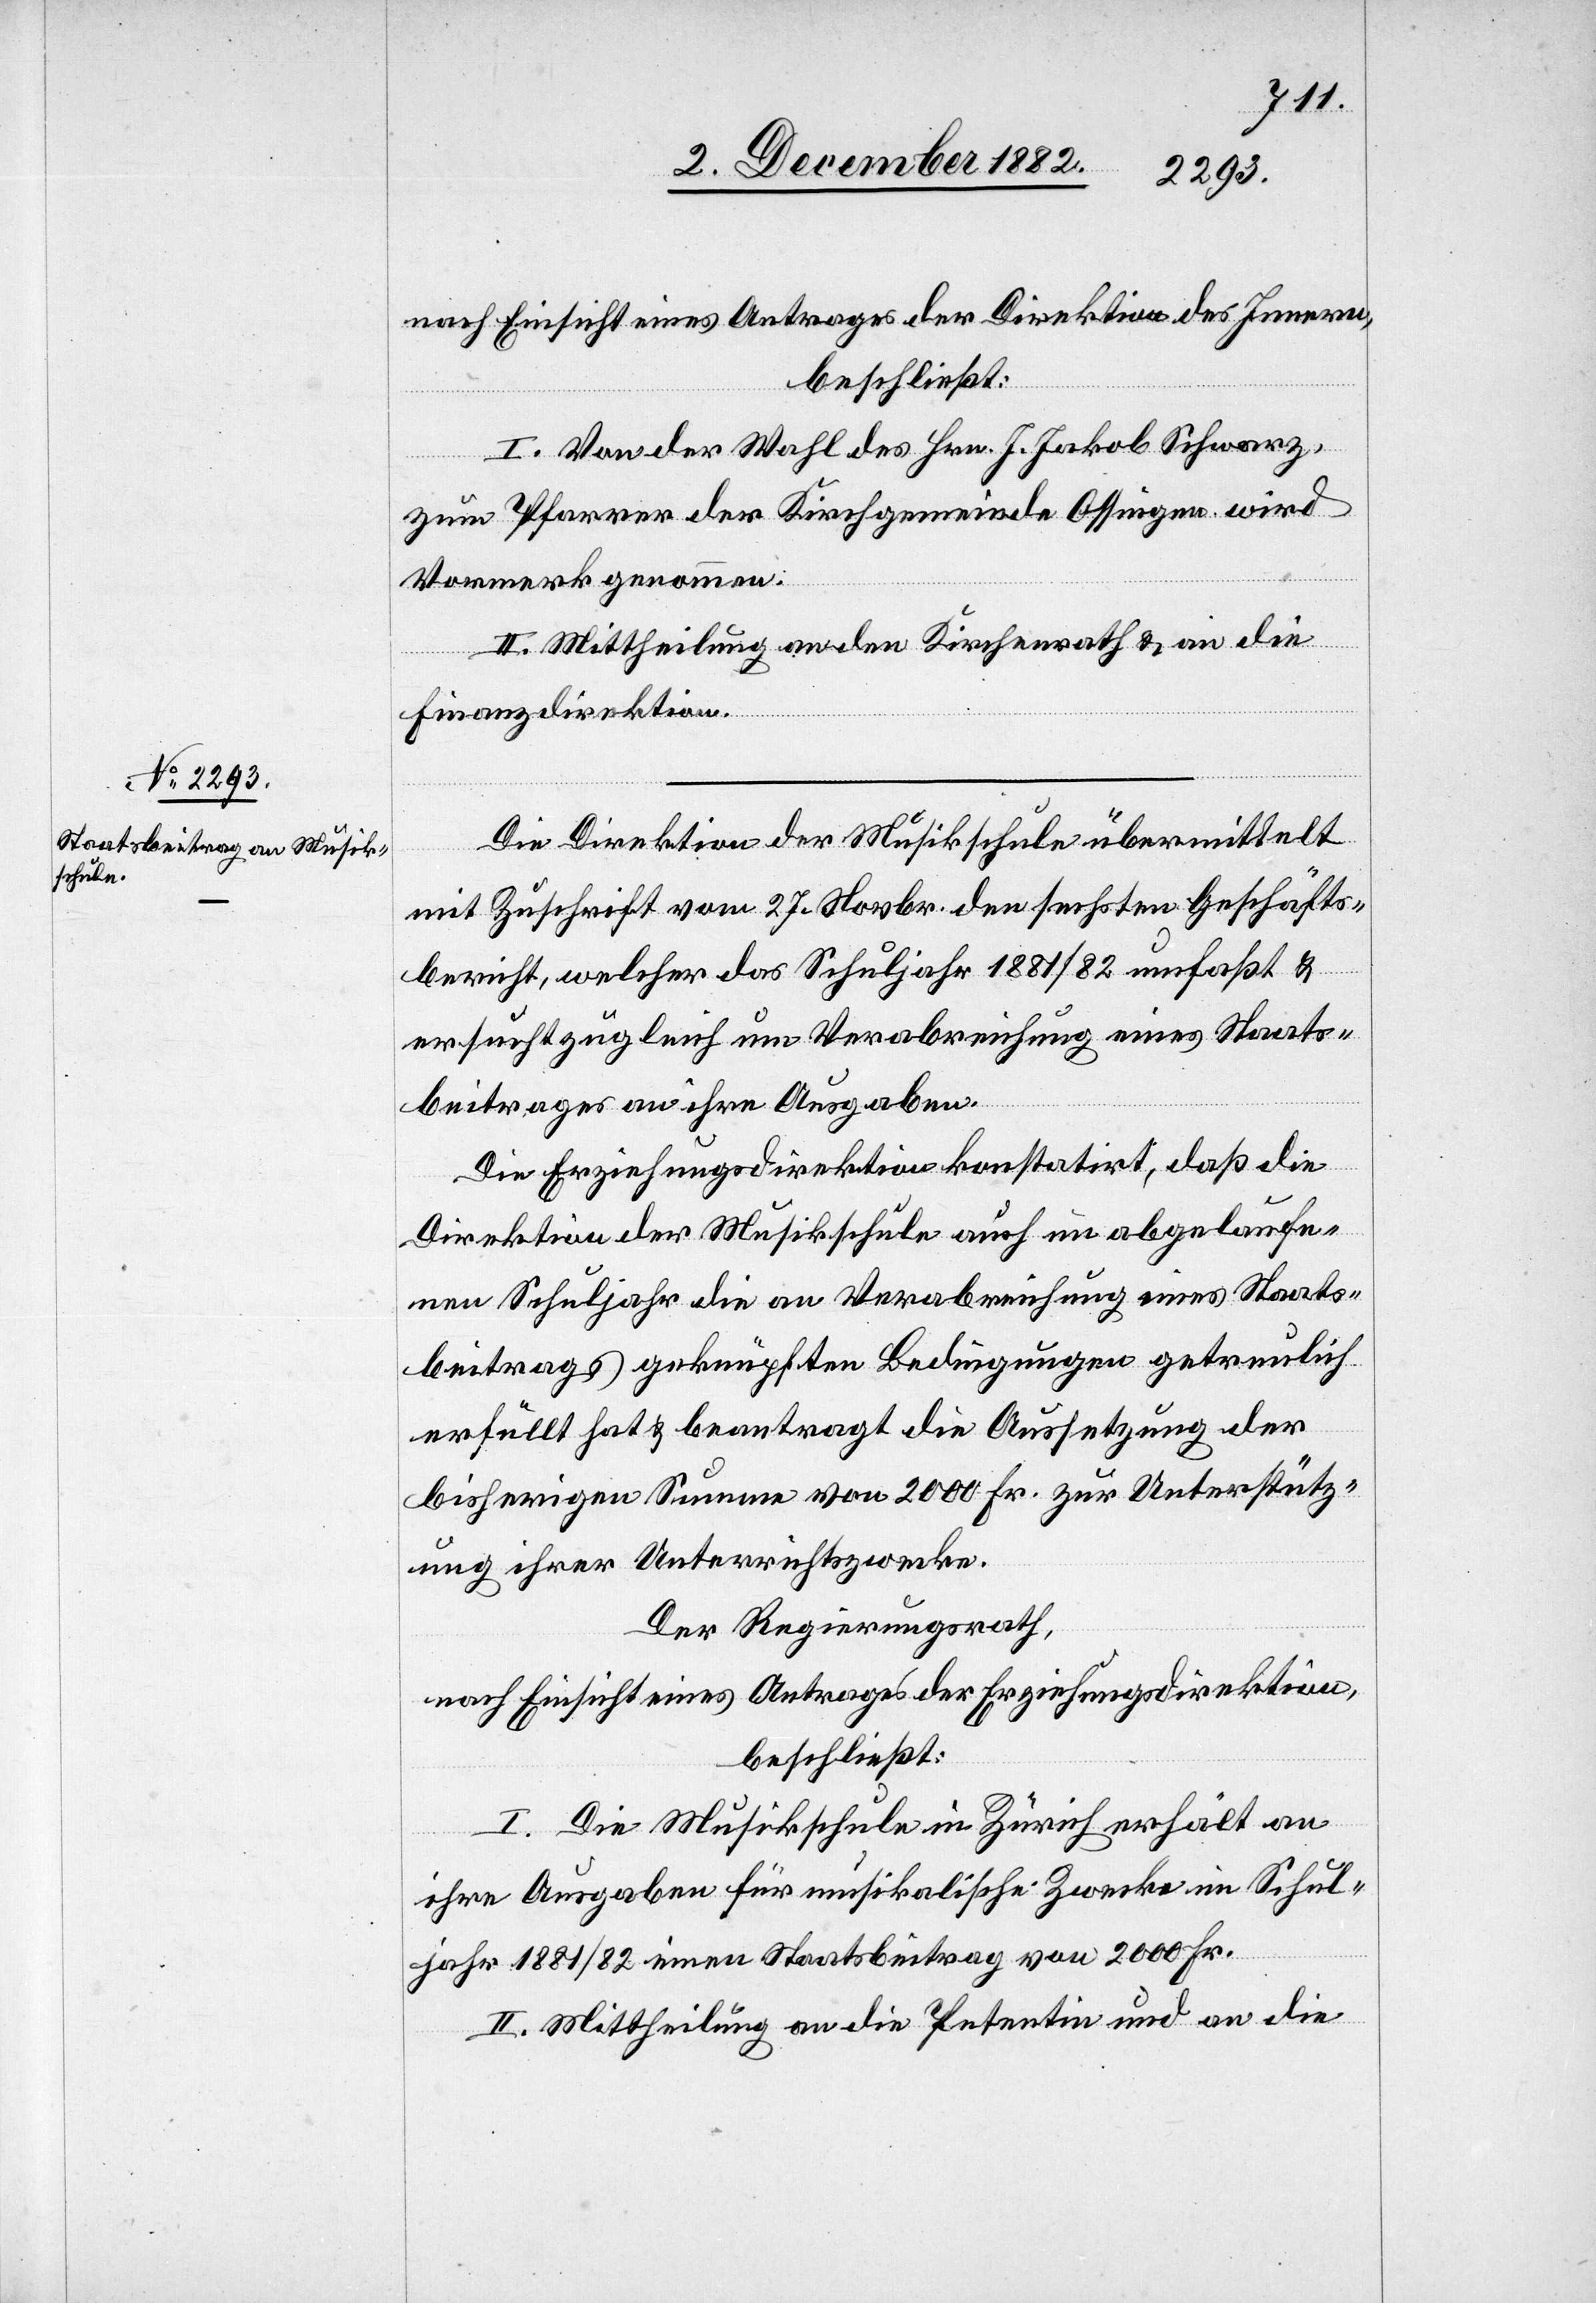
nach Einsicht eines Antrages der Direktion des Innern,
beschließt:
I. Von der Wahl des Hrn. J. Jakob Schwarz,
zum Pfarrer der Kirchgemeinde Ossingen wird
Vormerk genommen.
II. Mittheilung an den Kirchenrath & an die
Finanzdirektion.
Die Direktion der Musikschule übermittelt
mit Zuschrift vom 27. Novbr. den sechsten Geschäfts¬
bericht, welcher das Schuljahr 1881/82 umfaßt &
ersucht zugleich um Verabreichung eines Staats¬
beitrages an ihre Ausgaben.
Die Erziehungsdirektion konstatirt, daß die
Direktion der Musikschule auch im abgelaufe¬
nen Schuljahr die an Verabreichung eines Staats¬
beitrages geknüpften Bedingungen getreulich
erfüllt hat & beantragt die Aussetzung der
bisherigen Summe von 2000 Fr. zur Unterstütz¬
ung ihrer Unterrichtszwecke.
Der Regierungsrath,
nach Einsicht eines Antrages der Erziehungsdirektion,
beschließt:
I. Die Musikschule in Zürich erhält an
ihre Ausgaben für musikalische Zwecke im Schul¬
jahr 1881/82 einen Staatsbeitrag von 2000 Fr.
II. Mittheilung an die Petentin und an die